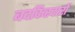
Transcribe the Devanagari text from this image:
बदकिरदारों